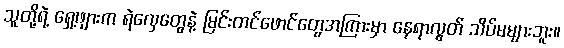
သူတို့ရဲ့ ရှေ့ဖျားက ရဲလှေတွေနဲ့ မြင်းတင်ဖောင်တွေအကြားမှာ နေရာလွတ် သိပ်မများဘူး။